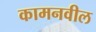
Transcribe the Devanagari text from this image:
कामनवील